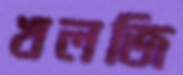
খলজি